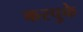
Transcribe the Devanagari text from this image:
करचुके